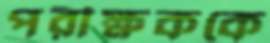
পরীক্ষককে